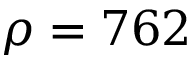
\rho = 7 6 2